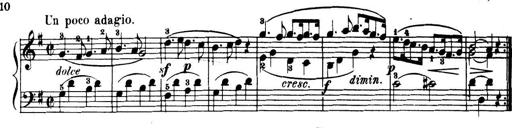
Title: 32 Sonatinas and Rondos for the Piano
Composer: Richard Kleinmichel